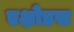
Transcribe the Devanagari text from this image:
एक्षोडस